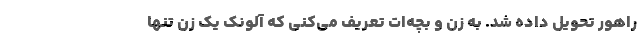
راهور تحویل داده شد. به زن و بچه‌ات تعریف می‌کنی که آلونک یک زن تنها